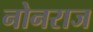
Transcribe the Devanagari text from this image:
नोनराज